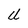
Character: U